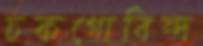
চকগোবিন্দ